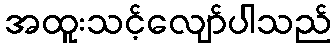
အထူးသင့်လျော်ပါသည်